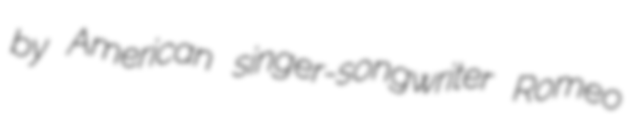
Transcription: by American singer-songwriter Romeo